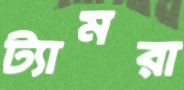
ট্যামরা